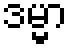
ဒမ္မာ